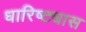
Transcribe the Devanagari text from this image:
धारिष्ट्यास